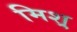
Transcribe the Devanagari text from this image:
मिश्र्